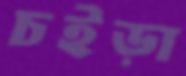
চইড়া